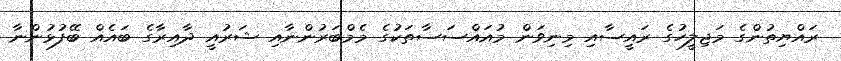
ރައްޔިތުންގެ މަޖިލީހުގެ ރައީސާއި މިނިވަން މުއައްސަސާތަކުގެ މެމްބަރުންނާއި ޝަރުއީ ދާއިރާގެ ބައެއް ބޭފުޅުންނާ